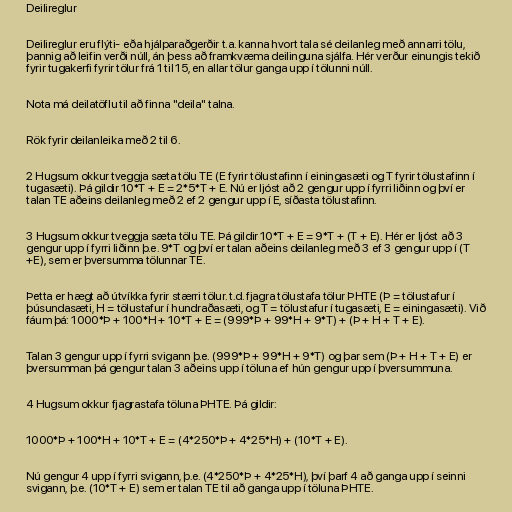
Deilireglur

Deilireglur eru flýti- eða hjálparaðgerðir t.a. kanna hvort tala sé deilanleg með annarri tölu,
þannig að leifin verði núll, án þess að framkvæma deilinguna sjálfa. Hér verður einungis tekið
fyrir tugakerfi fyrir tölur frá 1 til 15, en allar tölur ganga upp í tölunni núll.

Nota má deilatöflu til að finna "deila" talna.

Rök fyrir deilanleika með 2 til 6.

2 Hugsum okkur tveggja sæta tölu TE (E fyrir tölustafinn í einingasæti og T fyrir tölustafinn í
tugasæti). Þá gildir 10*T + E = 2*5*T + E. Nú er ljóst að 2 gengur upp í fyrri liðinn og því er
talan TE aðeins deilanleg með 2 ef 2 gengur upp í E, síðasta tölustafinn.

3 Hugsum okkur tveggja sæta tölu TE. Þá gildir 10*T + E = 9*T + (T + E). Hér er ljóst að 3
gengur upp í fyrri liðinn þ.e. 9*T og því er talan aðeins deilanleg með 3 ef 3 gengur upp í (T
+E), sem er þversumma tölunnar TE.

Þetta er hægt að útvíkka fyrir stærri tölur. t.d. fjagra tölustafa tölur ÞHTE (Þ = tölustafur í
þúsundasæti, H = tölustafur í hundraðasæti, og T = tölustafur í tugasæti, E = einingasæti). Við
fáum þá: 1000*Þ + 100*H + 10*T + E = (999*Þ + 99*H + 9*T) + (Þ + H + T + E).

Talan 3 gengur upp í fyrri svigann þ.e. (999*Þ + 99*H + 9*T) og þar sem (Þ + H + T + E) er
þversumman þá gengur talan 3 aðeins upp í töluna ef hún gengur upp í þversummuna.

4 Hugsum okkur fjagrastafa töluna ÞHTE. Þá gildir:

1000*Þ + 100*H + 10*T + E = (4*250*Þ + 4*25*H) + (10*T + E).

Nú gengur 4 upp í fyrri svigann, þ.e. (4*250*Þ + 4*25*H), því þarf 4 að ganga upp í seinni
svigann, þ.e. (10*T + E) sem er talan TE til að ganga upp í töluna ÞHTE.